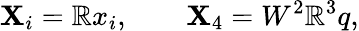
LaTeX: \mathbf{X}_{i}=\mathbb{R}x_{i},\qquad\mathbf{X}_{4}=W^{2}\mathbb{R}^{3}q,